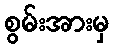
စွမ်းအားမှ